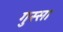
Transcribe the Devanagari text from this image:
गुस्‍सा